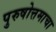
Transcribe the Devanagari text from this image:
पुरुषोत्तमाचा